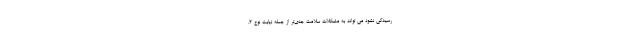
رسیدگی نشود می تواند به مشکلات سلامت جدی‌تر از جمله دیابت نوع 2،